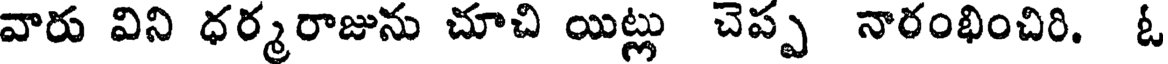
వారు విని ధర్మరాజును చూచి యిట్లు చెప్ప నారంభించిరి. ఓ